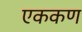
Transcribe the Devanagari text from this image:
एककण